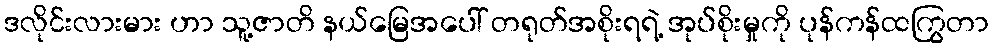
ဒလိုင်းလားမား ဟာ သူ့ဇာတိ နယ်မြေအပေါ် တရုတ်အစိုးရရဲ့ အုပ်စိုးမှုကို ပုန်ကန်ထကြွတာ